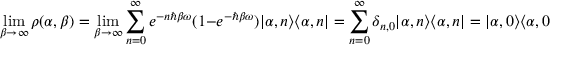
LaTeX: \operatorname* { l i m } _ { \beta \to \infty } \rho ( \alpha , \beta ) = \operatorname* { l i m } _ { \beta \to \infty } \sum _ { n = 0 } ^ { \infty } e ^ { - n \hbar \beta \omega } ( 1 - e ^ { - \hbar \beta \omega } ) | \alpha , n \rangle \langle \alpha , n | = \sum _ { n = 0 } ^ { \infty } \delta _ { n , 0 } | \alpha , n \rangle \langle \alpha , n | = | \alpha , 0 \rangle \langle \alpha , 0 | ,